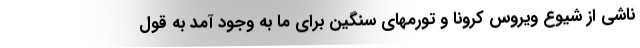
ناشی از شیوع ویروس کرونا و تورمهای سنگین برای ما به وجود آمد به قول